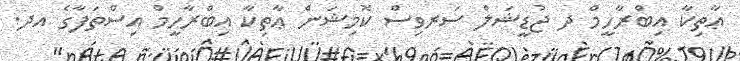
ޢާތިކާ އިބްރާހީމް ދ ޖުޑީޝަލް ސަރވިސް ކޮމިޝަން ޢާތިކާ އިބްރާހީމް އިސްތަފާގެ އދ.